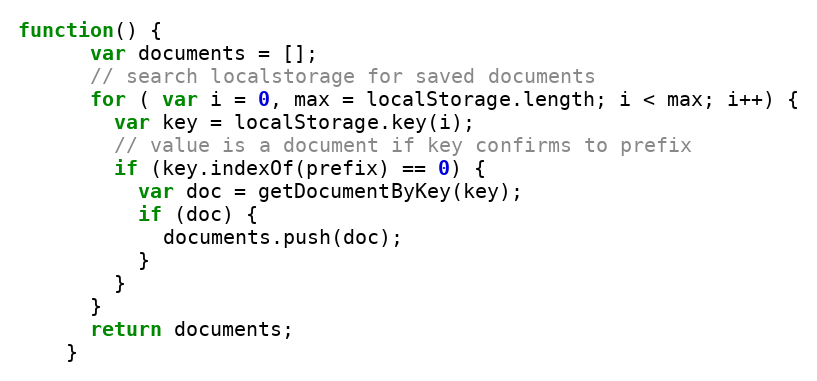
Language: JavaScript
function() {
      var documents = [];
      // search localstorage for saved documents
      for ( var i = 0, max = localStorage.length; i < max; i++) {
        var key = localStorage.key(i);
        // value is a document if key confirms to prefix
        if (key.indexOf(prefix) == 0) {
          var doc = getDocumentByKey(key);
          if (doc) {
            documents.push(doc);
          }
        }
      }
      return documents;
    }